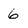
Character: 6